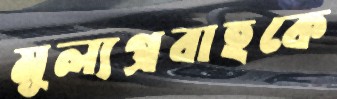
মূল্যপ্রবাহকে